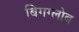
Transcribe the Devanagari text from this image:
बिगग्लोब